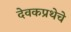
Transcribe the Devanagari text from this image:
देवकप्रथेचे